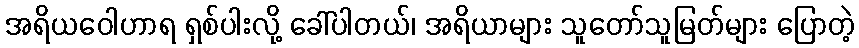
အရိယဝေါဟာရ ရှစ်ပါးလို့ ခေါ်ပါတယ်၊ အရိယာများ သူတော်သူမြတ်များ ပြောတဲ့